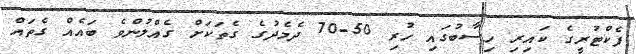
ފެކްޓުރީގެ ކައިރި ހިސާބުގައި ހުރި 50-70 ދެމެދުގެ ގެތަކަށް ގެއްލުންވެ ބައެއް ގެތައް